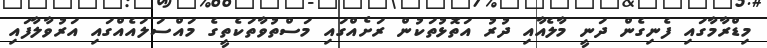
މިޑްރާމާގައި ފެނިގެން ދަނީ މާލެއާއި ދުރު އަތޮޅުތަކުން ރަށެއްގައި މަސްތުވާތަކެތީގެ މައްސަލައެއްގައި އަރުވާލާފައި